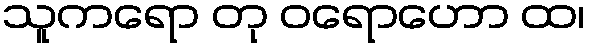
သူကရော တု ဝရောဟော ထ၊